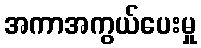
အကာအကွယ်ပေးမှု